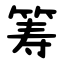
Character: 筹